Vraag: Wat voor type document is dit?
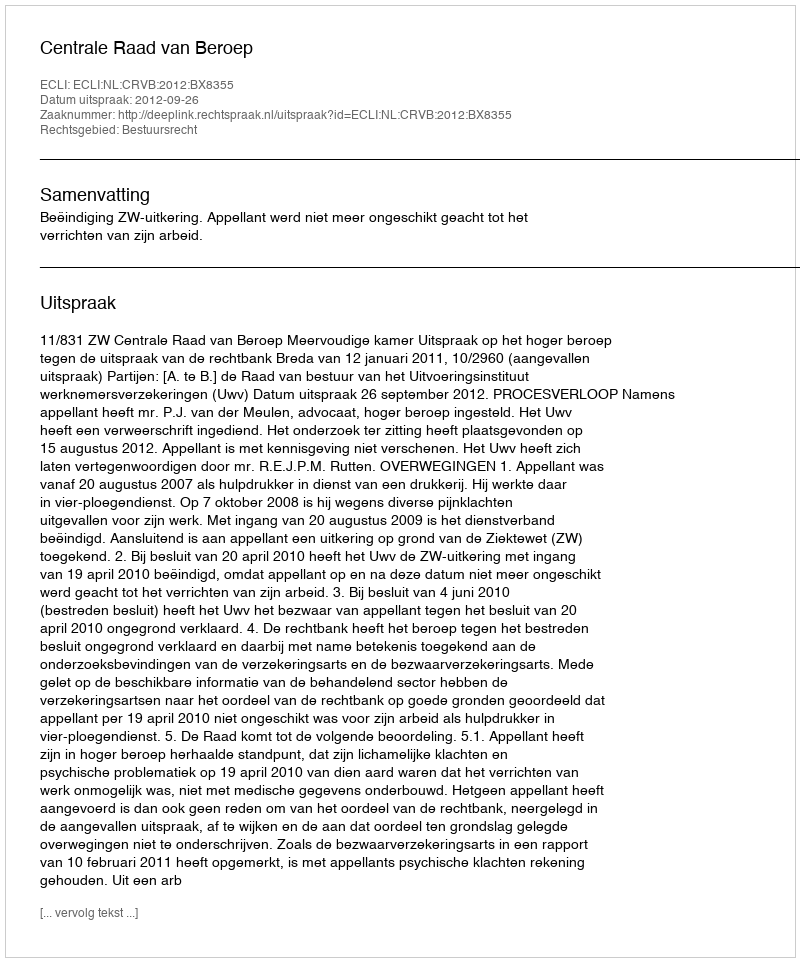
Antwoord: Uitspraak